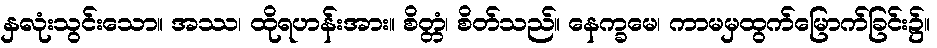
နှလုံးသွင်းသော။ အဿ၊ ထိုရဟန်းအား။ စိတ္တံ၊ စိတ်သည်။ နေက္ခမေ၊ ကာမမှထွက်မြောက်ခြင်း၌။